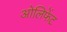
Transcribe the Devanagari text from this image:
ओलिफेंट